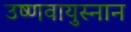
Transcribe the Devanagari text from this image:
उष्णवायुस्नान